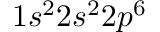
1 s ^ { 2 } 2 s ^ { 2 } 2 p ^ { 6 }